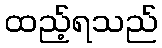
ထည့်ရသည်